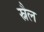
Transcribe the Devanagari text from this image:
स्नैल